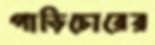
গাড়িচোরের